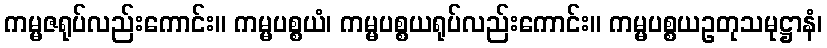
ကမ္မဇရုပ်လည်းကောင်း။ ကမ္မပစ္စယံ၊ ကမ္မပစ္စယရုပ်လည်းကောင်း။ ကမ္မပစ္စယဥတုသမုဋ္ဌာနံ၊